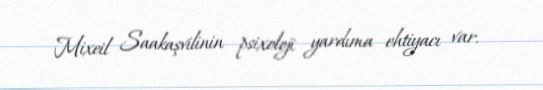
Mixeil Saakaşvilinin psixoloji yardıma ehtiyacı var.